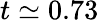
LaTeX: t\simeq 0.73